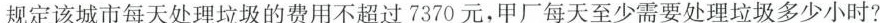
规定该城市每天处理垃圾的费用不超过7370元，甲厂每天至少需要处理垃圾多少小时?